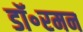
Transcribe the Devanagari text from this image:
डॉ॰रमन